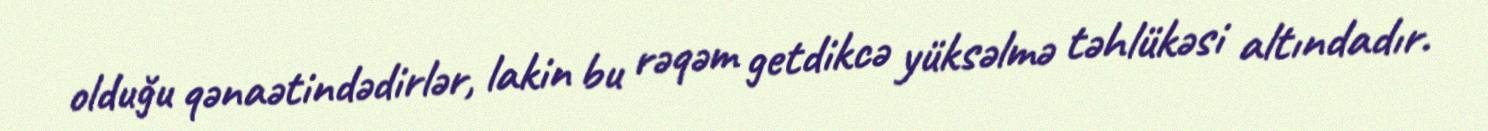
olduğu qənaətindədirlər, lakin bu rəqəm getdikcə yüksəlmə təhlükəsi altındadır.